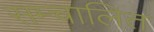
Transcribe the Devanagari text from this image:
सम्चालित